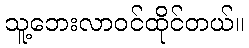
သူ့ဘေးလာဝင်ထိုင်တယ်။